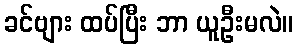
ခင်ဗျား ထပ်ပြီး ဘာ ယူဦးမလဲ။